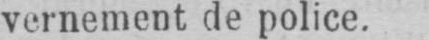
vernement de police.